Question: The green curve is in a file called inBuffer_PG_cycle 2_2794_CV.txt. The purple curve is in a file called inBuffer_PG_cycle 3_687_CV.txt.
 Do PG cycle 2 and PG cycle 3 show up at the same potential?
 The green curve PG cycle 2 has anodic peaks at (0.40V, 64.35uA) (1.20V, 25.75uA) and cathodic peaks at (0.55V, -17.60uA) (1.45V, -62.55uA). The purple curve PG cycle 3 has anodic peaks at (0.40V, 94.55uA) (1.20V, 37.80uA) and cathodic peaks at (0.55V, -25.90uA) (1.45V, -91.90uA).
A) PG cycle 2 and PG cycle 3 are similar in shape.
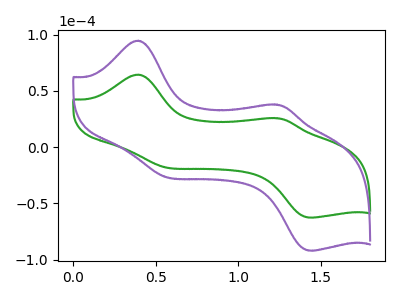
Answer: <think>All the peaks in "PG cycle 2" have a peak in "PG cycle 3" at the same potential. Every peak in "PG cycle 2" is lower than every peak in "PG cycle 3".
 </think>
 <answer>A) "PG cycle 2" and "PG cycle 3" are similar in shape.</answer>
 <eval>A</eval>